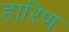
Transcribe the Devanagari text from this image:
हारिण